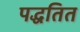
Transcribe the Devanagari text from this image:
पद्धतित